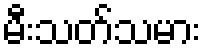
မီးသတ်သမား